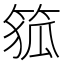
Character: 𮅜